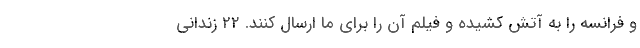
و فرانسه را به آتش کشیده و فیلم آن را برای ما ارسال کنند. ۲۲ زندانی